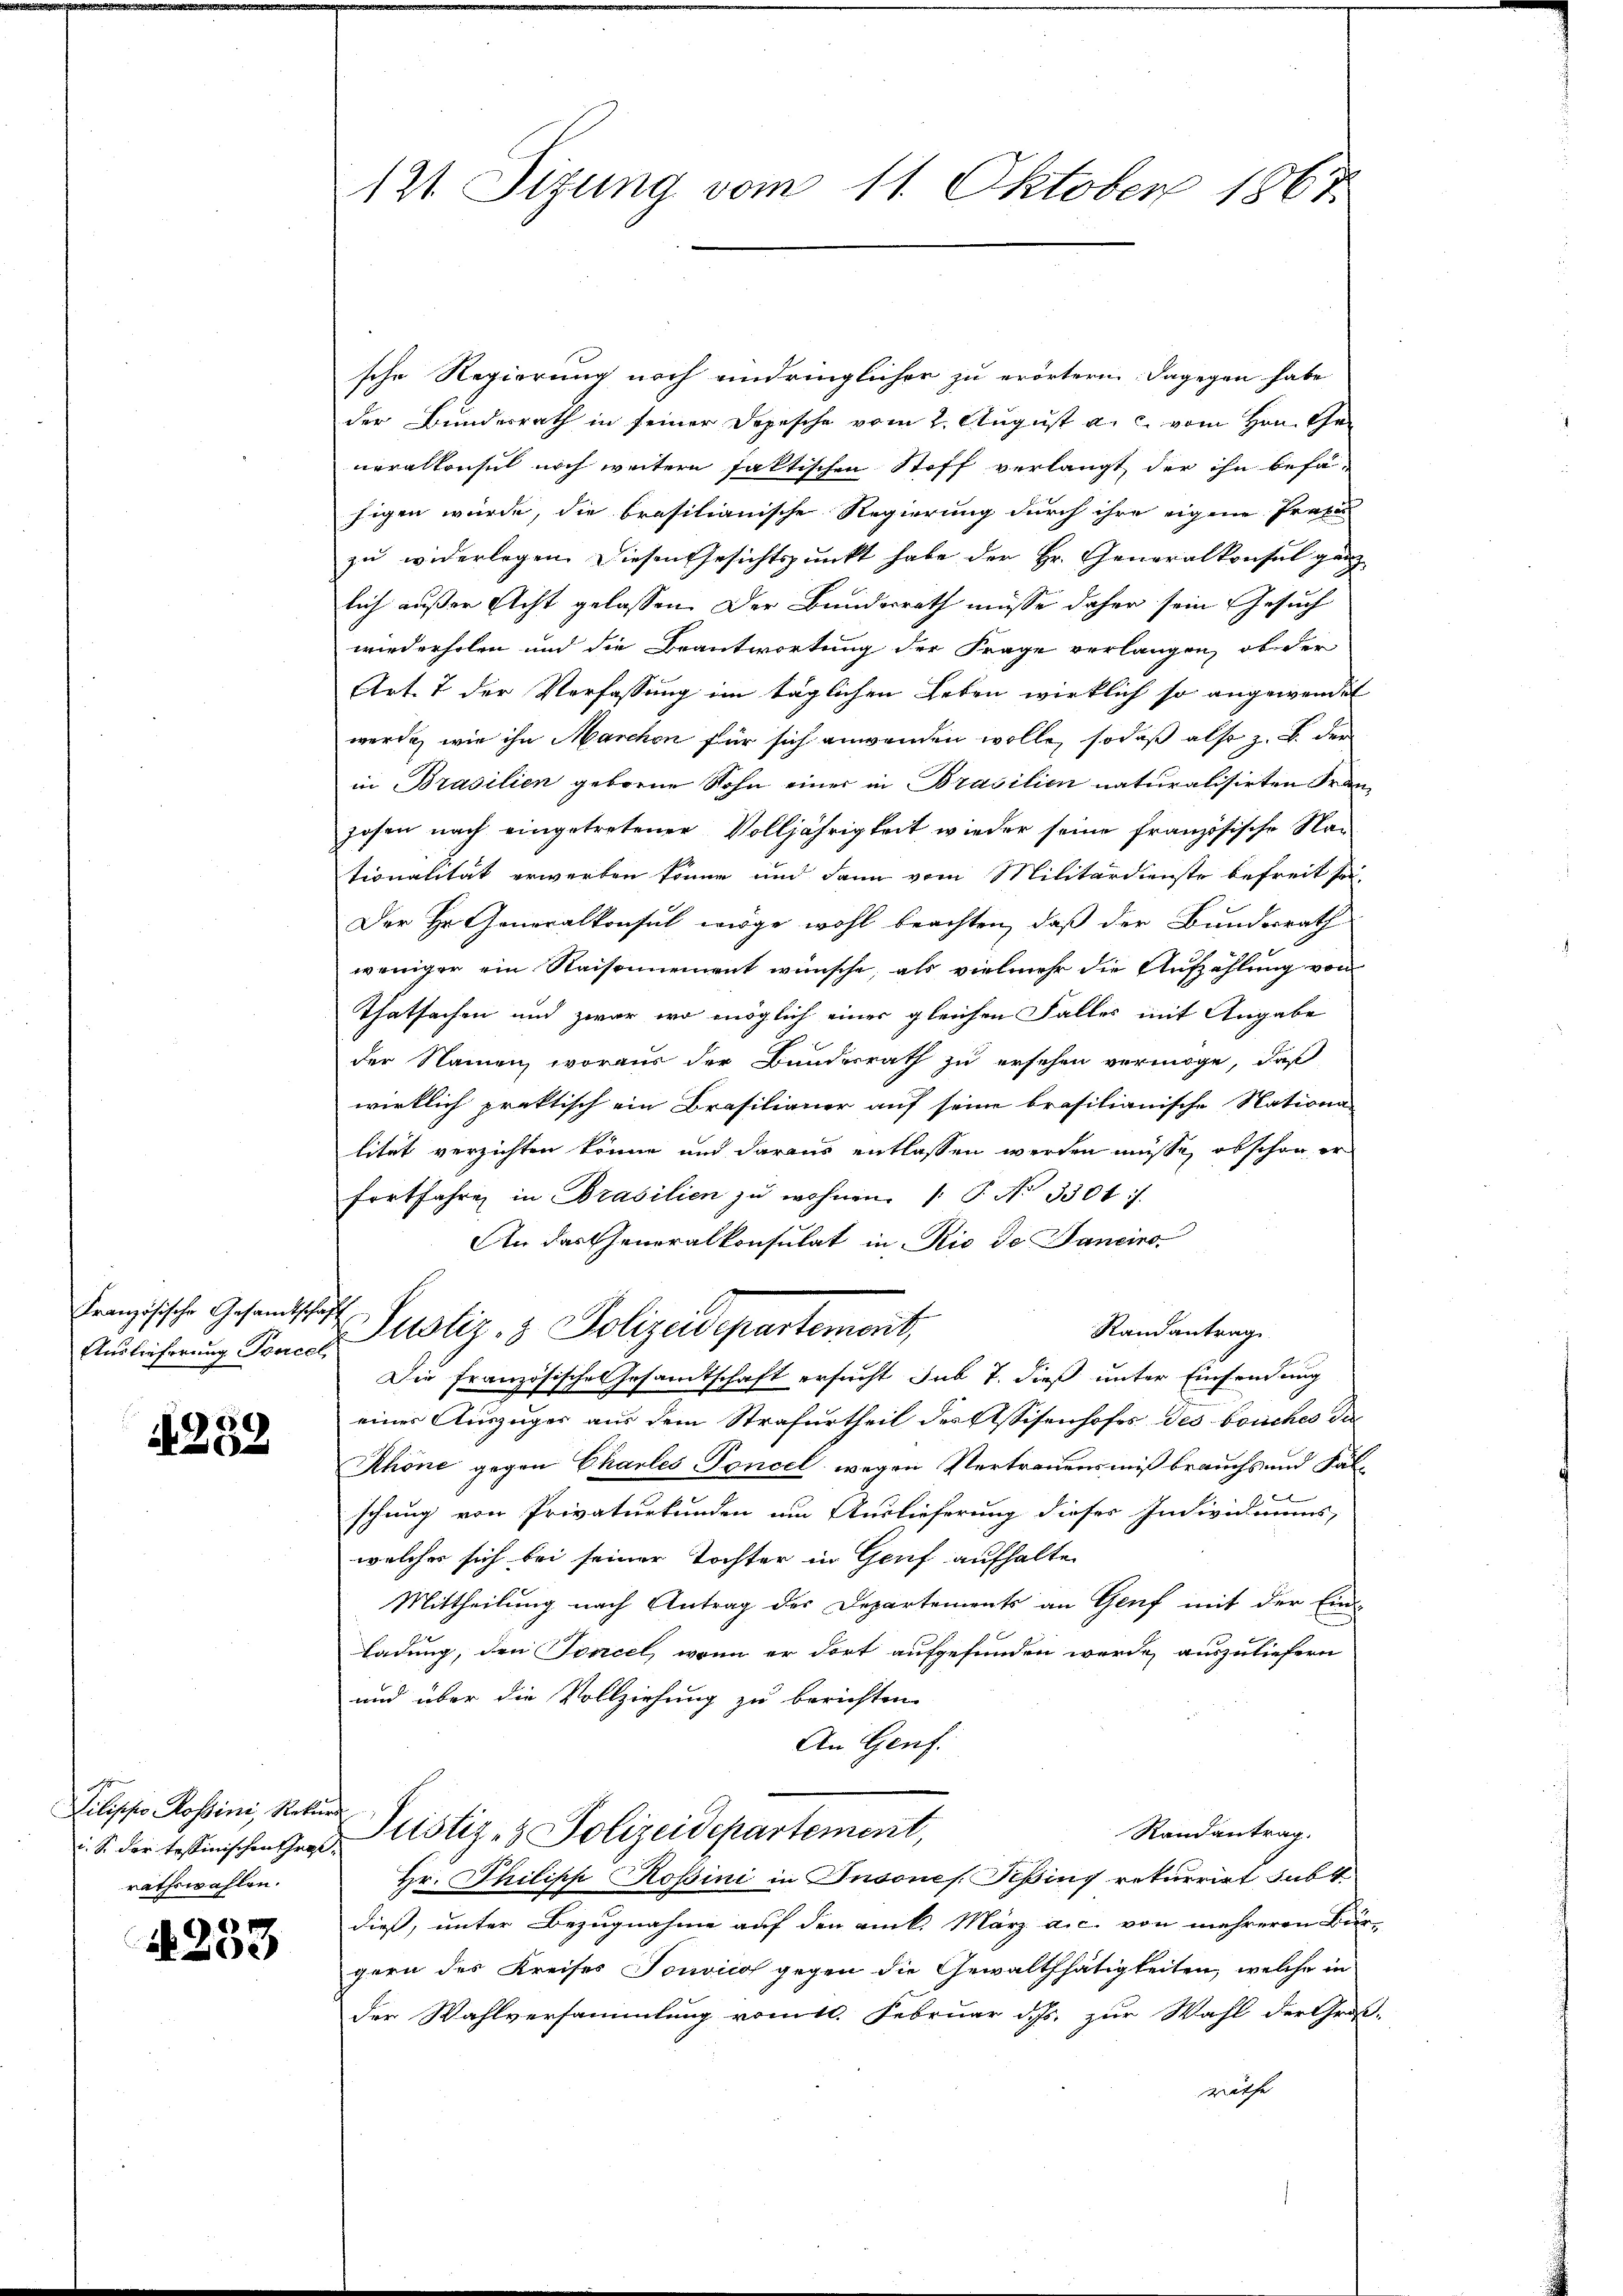
Französische Gesamtschaft

A 289

Lilische Rossini, Rekurs
rathswahlen.

233

121. Sizung vom 11. Oktober 1867

sche Regierung noch eindringlicher zu erörtern dagegen habe
der Bundesrath in seiner Depesche vom 2. August a. c. vom Hrn. Generalkonsul noch weitern faktischen Stoff verlangt, der ihn befähigen würde, die brasilianische Regierung durch ihre eigene Profes
zu widerlegen. Diesen Gesichtspunkt habe der Hr. Generalkonsul ganz
lich außer Acht gelassen. Der Bundesrath müsse daher sein Gesuch
wiederholen und die Beantwortung der Frage verlangen, ob der
Art. 7 der Verfassung im täglichen Leben wirklich so angewendet
werde, wie ihn Marchon für sich anwenden wolle, sodaß also z. B. der
in Brasilien geborene Sohn einer in Brasilien naturalisirten Franhosen nach eingetretener Volljährigkeit wieder seine französische Nationalität erwerben könne und dann vom Militärdienste befreit sei-
Der Hr. Generalkonsul möge wohl beachten, daß der Bundesrath
weniger ein Raisonnement wünsche, als vielmehr die Aufzählung von
Thatsachen und zwar wo möglich einer gleichen Falles mit Angabe
der Namen, woraus der Bundesrath zu ersehen vermöge, daß
wirklich praktisch ein Brasilianer auf seine brasilianische Nationa-
lität verzichten könne und daraus entlassen werden müsse, obschon er
fortfahre in Brasilien zŭ wohnen. (T. No 3301 f.
An das Generalkonsulat in Rio de Janeiro
Randantrag
Auslicherung Sonach Justiz- & Polizeidepartemont,
Die französische Gesandtschaft ersucht sub 7. dieß unter Einsendung
einer Auszuges aus dem Strafurtheil des Assisenhofes des bouches das
Ahöne gegen Charles Toncel wegen Vertrauensmißbrauchs und Fälschung von Privaturkunden um Auslieferung dieser Individuums,
welches sich bei seiner Tochter in Genf aufhalte
Mittheilung nach Antrag des Departements an Genf mit der Ein-
Ladung, den Tircel, wenn er dort aufgefunden wurde auszuliefern
und über die Vollziehung zu berichten.
An Genf.
Randantrag.
 S. der testinischen Grad Justiz- & Polizeidepartement,
Hr. Philipp Kopini in Insones Pepins rekurrirt subt
dieß, unter Bezugnahme auf den ank. März a.c. von mehreren Brie
gern des Kreises Tonvicos gegen die Gewaltthätigkeiten, welche in
der Wahlversammlung vomtl. Februar d. Js. zur Wahl der Gros
riethe